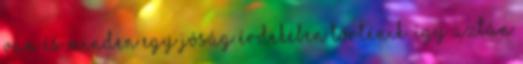
van és minden egy jóság érdekében történik. Így aztán